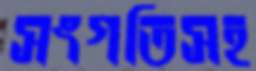
সংগতিসহ